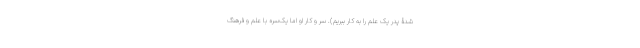
شدۀ پدر یک علم را به کار ببریم). سر و کار او اما یک‌سره با علم و فرهنگ